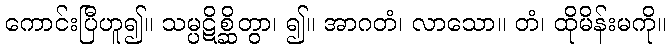
ကောင်းပြီဟူ၍။ သမ္ပဋိစ္ဆိတွာ၊ ၍။ အာဂတံ၊ လာသော။ တံ၊ ထိုမိန်းမကို။